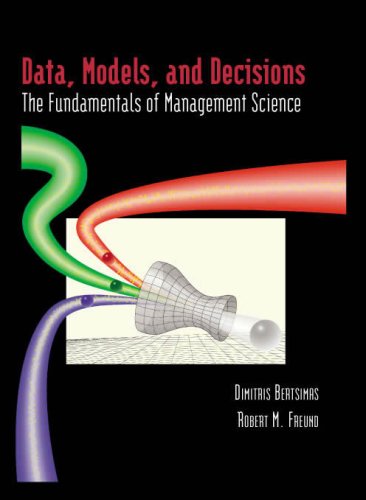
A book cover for Data, Models, and Decisions: The Fundamentals of Management Science; Dimitris Bertsimas; Business & Money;